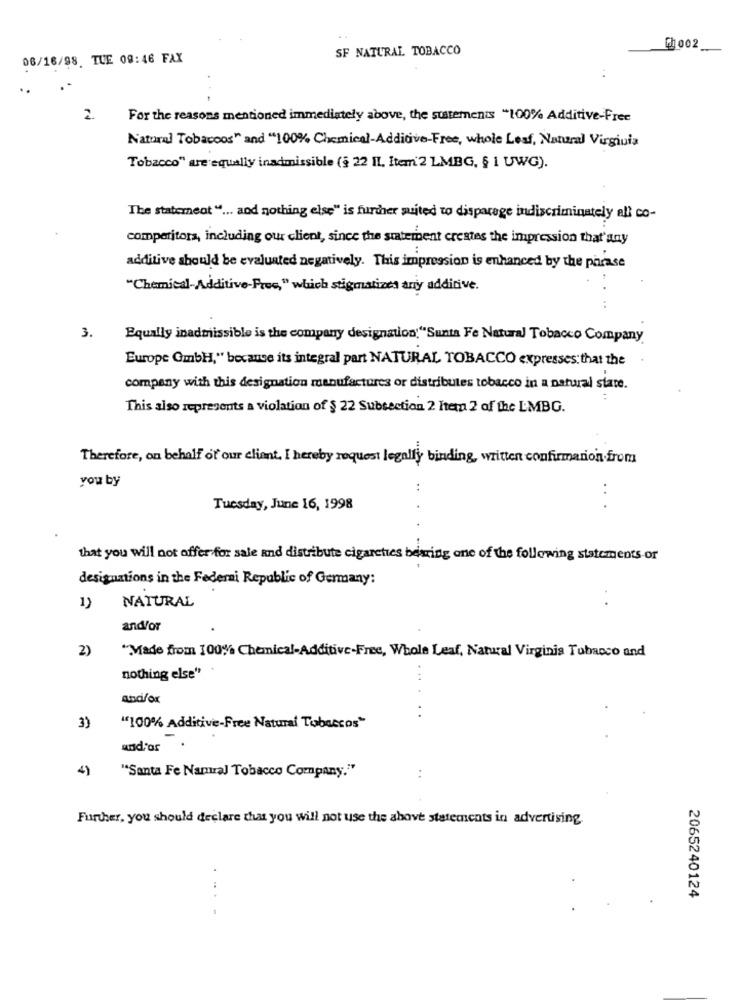
SF NATURAL TOBACCO
2002
06/16/98. TUE 08:46 FAX
:
2.
For the reasons mentioned immediately above, the sustements "100% Additive-Free
Natural Tobacoos" and "100% Chemical-Additive-Free, whole Lesf, Natural Virginia
Tobacco" are equally inadmissible (§ 22 II. Item'2 LMBG, § i UWG).
The statement " ... and nothing else" is further suited to disparage indiscriminately all co-
competitors, including our client, since the statement creates the impression that'any
additive should be evaluated negatively. This impression is enhanced by the phrase
"Chemical-Additive-Free," which stigmatizes any additive.
3.
Equally inadmissible is the company designation:"Santa Fe Natural Tobacco Company.
Europe GmbH," because its integral part NATURAL TOBACCO expresses: that the
company with this designation manufactures or distributes tobacco in a natural state.
This also represents a violation of $ 22 Subsection 2 hern 2 of the LMBG.
Therefore, on behalf of our client. I hereby request legally binding, written confirmation from
you by
..
:
Tuesday, June 16, 1998
that you will not offer for sale and distribute cigarettes bearing one of the following statements or
designations in the Federai Republic of Germany:
NATURAL
1)
and/or
2)
"Made from 100% Chemical-Additive-Free, Whole Leaf, Natural Virginia Tubasco and
nothing else"
andi/ox
. .
3)
"100% Additive-Free Natural Tobaccos"
und or
4)
"Santa Fe Namural Tobacco Company."
..
Further, you should declare that you will not use the above statements in advertising.
2065240124